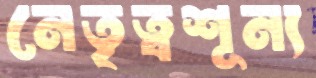
নেতৃত্বশূন্য